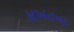
સખતના